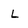
Character: l